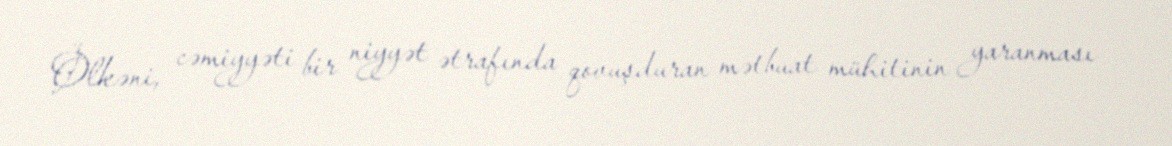
Ölkəni, cəmiyyəti bir niyyət ətrafında qovuşduran mətbuat mühitinin yaranması